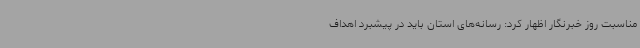
مناسبت روز خبرنگار اظهار کرد: رسانه‌های استان باید در پیشبرد اهداف